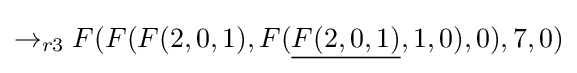
\rightarrow _{r3}F(F(F(2,0,1),F({\underline {F(2,0,1)}},1,0),0),7,0)